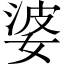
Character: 婆